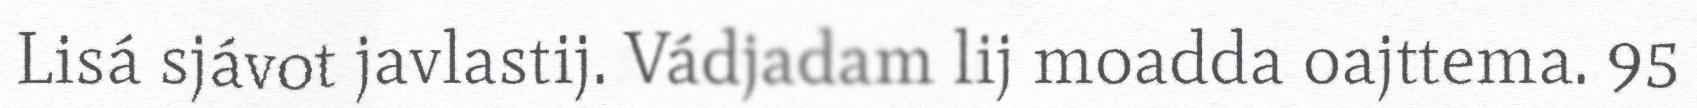
Lisá sjávot javlastij. Vádjadam lij moadda oajttema. 95